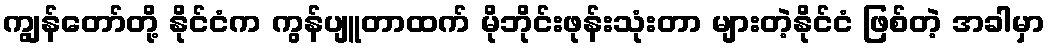
ကျွန်တော်တို့ နိုင်ငံက ကွန်ပျူတာထက် မိုဘိုင်းဖုန်းသုံးတာ များတဲ့နိုင်ငံ ဖြစ်တဲ့ အခါမှာ